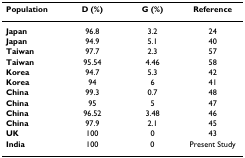
<table><thead><tr><td><b>Population</b></td><td><b>D (%)</b></td><td><b>G (%)</b></td><td><b>Reference</b></td></tr></thead><tbody><tr><td><b>Japan</b></td><td>96.8</td><td>3.2</td><td>24</td></tr><tr><td><b>Japan</b></td><td>94.9</td><td>5.1</td><td>40</td></tr><tr><td><b>Taiwan</b></td><td>97.7</td><td>2.3</td><td>57</td></tr><tr><td><b>Taiwan</b></td><td>95.54</td><td>4.46</td><td>58</td></tr><tr><td><b>Korea</b></td><td>94.7</td><td>5.3</td><td>42</td></tr><tr><td><b>Korea</b></td><td>94</td><td>6</td><td>41</td></tr><tr><td><b>China</b></td><td>99.3</td><td>0.7</td><td>48</td></tr><tr><td><b>China</b></td><td>95</td><td>5</td><td>47</td></tr><tr><td><b>China</b></td><td>96.52</td><td>3.48</td><td>46</td></tr><tr><td><b>China</b></td><td>97.9</td><td>2.1</td><td>45</td></tr><tr><td><b>UK</b></td><td>100</td><td>0</td><td>43</td></tr><tr><td><b>India</b></td><td>100</td><td>0</td><td>Present Study</td></tr></tbody></table>